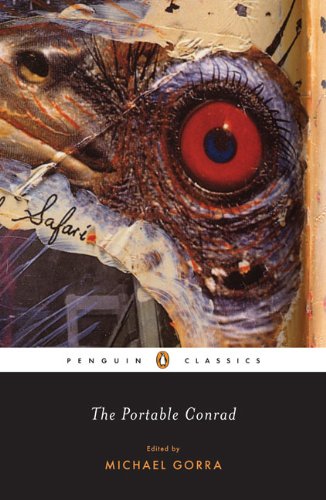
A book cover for The Portable Conrad (Penguin Classics); Joseph Conrad; Literature & Fiction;